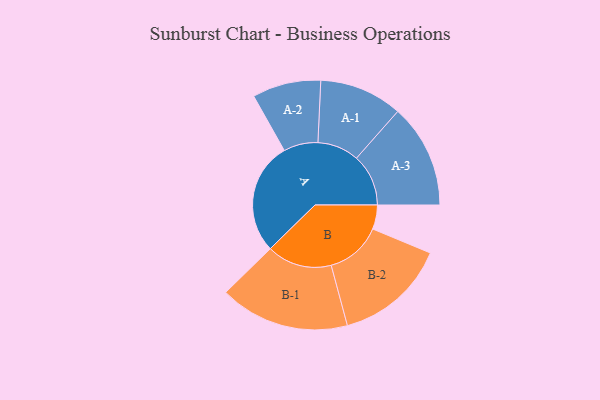
{"axis": {"x": "Segment", "y": "Value"}, "legend": ["", "A", "B"], "data": [{"x": "A", "y": 465, "type": ""}, {"x": "B", "y": 100, "type": ""}, {"x": "A-1", "y": 172, "type": "A"}, {"x": "A-2", "y": 142, "type": "A"}, {"x": "A-3", "y": 215, "type": "A"}, {"x": "B-1", "y": 269, "type": "B"}, {"x": "B-2", "y": 232, "type": "B"}]}